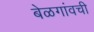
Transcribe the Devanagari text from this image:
बेळगांवची